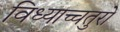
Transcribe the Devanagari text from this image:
विध्याच्चतुरो